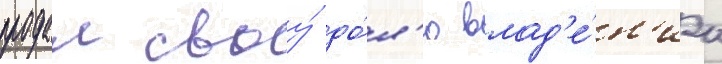
продал своу́ до́л'ю влад'е́н'иа